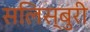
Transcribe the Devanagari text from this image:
सलिस्बुरी